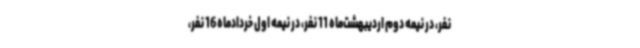
نفر، در نیمه دوم اردیبهشت‌ماه 11 نفر، در نیمه اول خردادماه 16 نفر،